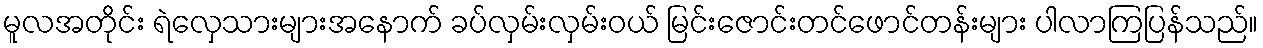
မူလအတိုင်း ရဲလှေသားများအနောက် ခပ်လှမ်းလှမ်းဝယ် မြင်းဇောင်းတင်ဖောင်တန်းများ ပါလာကြပြန်သည်။